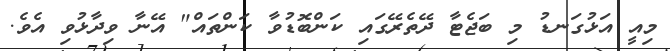
މިއީ އަޅުގަނޑު މި ބަޖެޓާ ދޭތެރޭގައި ކަންބޮޑުވާ ކަންތައް" އޭނާ ވިދާޅުވި އެވެ.